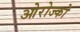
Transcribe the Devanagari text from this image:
ओरोज्को